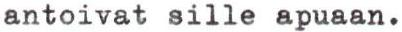
antoivat sille apuaan.